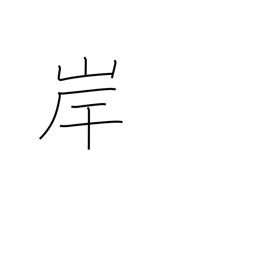
Meaning: beach